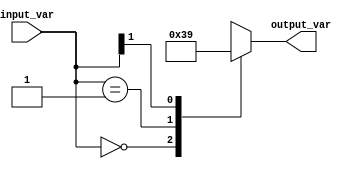
module casez_statement (
    input [1:0] input_var,
    output reg [1:0] output_var
);

always @*
begin
    casez(input_var)
        2'b00: output_var = 2'b11;
        2'b01: output_var = 2'b10;
        2'b1?: output_var = 2'b01;
        default: output_var = 2'b00;
    endcase
end

endmodule